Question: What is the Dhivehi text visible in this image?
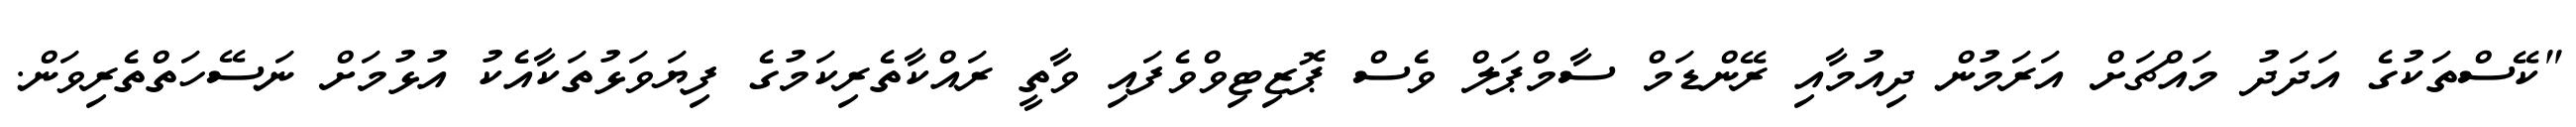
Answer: "ކޭސްތަކުގެ އަދަދު މައްޗަށް އަރަމުން ދިއުމާއި ރޭންޑަމް ސާމްޕަލް ވެސް ޕޮޒިޓިވްވެފައި ވާތީ ރައްކާތެރިކަމުގެ ފިޔަވަޅުތަކާއެކު އުޅުމަށް ނަސޭހަތްތެރިވަން.